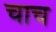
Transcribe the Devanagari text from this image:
चाच